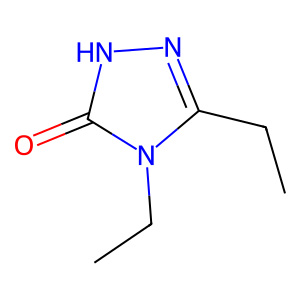
SMILES: CCc1n[nH]c(=O)n1CC
Inhibits HIV replication: No